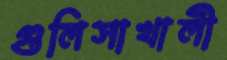
গুলিসাখালী